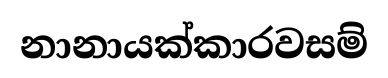
නානායක්කාරවසම්